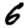
Digit: 6